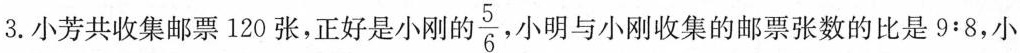
3.小芳共收集邮票120张，正好是小刚自 \frac{5}{6} 小明与小刚收集的邮票张数的比是9:8，小